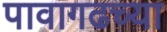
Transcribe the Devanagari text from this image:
पावागढच्या